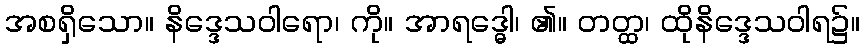
အစရှိသော။ နိဒ္ဒေသဝါရော၊ ကို။ အာရဒ္ဓေါ၊ ၏။ တတ္ထ၊ ထိုနိဒ္ဒေသဝါရ၌။